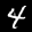
Label: 4